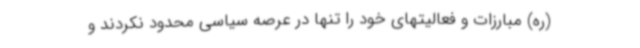
(ره) مبارزات و فعالیتهای خود را تنها در عرصه سیاسی محدود نکردند و